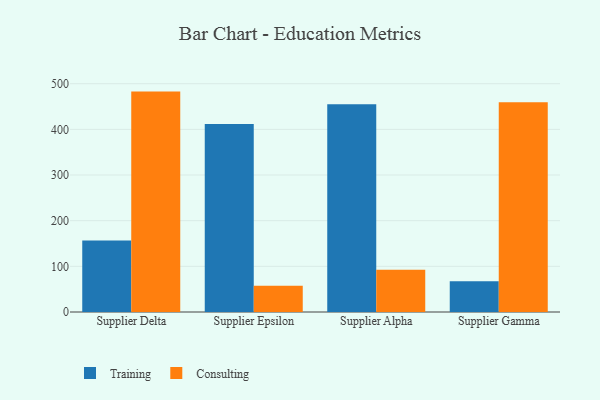
{"axis": {"x": "Supplier", "y": "Budget (USD K)"}, "legend": ["Consulting", "Training"], "data": [{"x": "Supplier Delta", "y": 156.4, "type": "Training"}, {"x": "Supplier Delta", "y": 482.7, "type": "Consulting"}, {"x": "Supplier Epsilon", "y": 411.7, "type": "Training"}, {"x": "Supplier Epsilon", "y": 57.3, "type": "Consulting"}, {"x": "Supplier Alpha", "y": 455.0, "type": "Training"}, {"x": "Supplier Alpha", "y": 92.6, "type": "Consulting"}, {"x": "Supplier Gamma", "y": 67.5, "type": "Training"}, {"x": "Supplier Gamma", "y": 459.6, "type": "Consulting"}]}